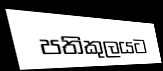
පතිකුලයට